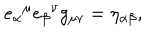
{ e _ { \alpha } } ^ { \mu } { e _ { \beta } } ^ { \nu } g _ { \mu \nu } = \eta _ { \alpha \beta } ,